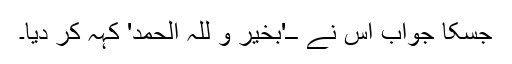
جسکا جواب اس نے ــ'بخیر و للہ الحمد' کہہ کر دیا۔